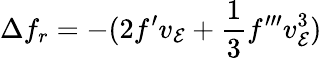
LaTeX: \Delta f_{r}=-(2f^{\prime}v_{\cal E}+{\frac{1}{3}}f^{\prime\prime\prime}v_{\cal E}^{3})